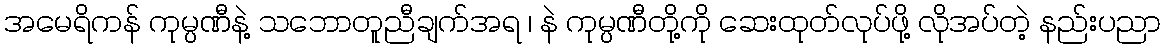
အမေရိကန် ကုမ္ပဏီနဲ့ သဘောတူညီချက်အရ ၊ နဲ ကုမ္ပဏီတို့ကို ဆေးထုတ်လုပ်ဖို့ လိုအပ်တဲ့ နည်းပညာ